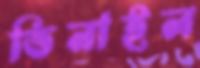
ভিনাইল